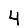
Digit: 4